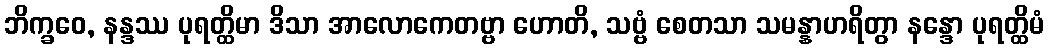
ဘိက္ခဝေ, နန္ဒဿ ပုရတ္ထိမာ ဒိသာ အာလောကေတဗ္ဗာ ဟောတိ, သဗ္ဗံ စေတသာ သမန္နာဟရိတွာ နန္ဒော ပုရတ္ထိမံ